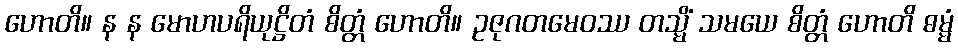
ဟောတိ။ န န မောဟပရိယုဋ္ဌိတံ စိတ္တံ ဟောတိ။ ဥဇုဂတမေဝဿ တသ္မိံ သမယေ စိတ္တံ ဟောတိ ဓမ္မံ